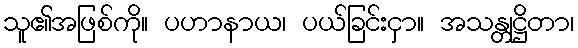
သူ၏အဖြစ်ကို။ ပဟာနာယ၊ ပယ်ခြင်းငှာ။ အသန္တုဋ္ဌိတာ၊